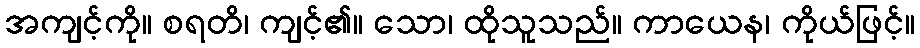
အကျင့်ကို။ စရတိ၊ ကျင့်၏။ သော၊ ထိုသူသည်။ ကာယေန၊ ကိုယ်ဖြင့်။